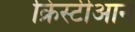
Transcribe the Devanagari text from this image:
क्रिस्टीआन